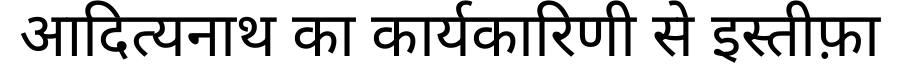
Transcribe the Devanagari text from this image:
आदित्यनाथ का कार्यकारिणी से इस्तीफ़ा